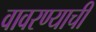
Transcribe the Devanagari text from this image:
वावरण्याची